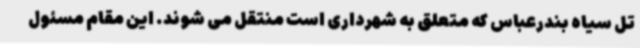
تل سیاه بندرعباس که متعلق به شهرداری است منتقل می شوند. این مقام مسئول